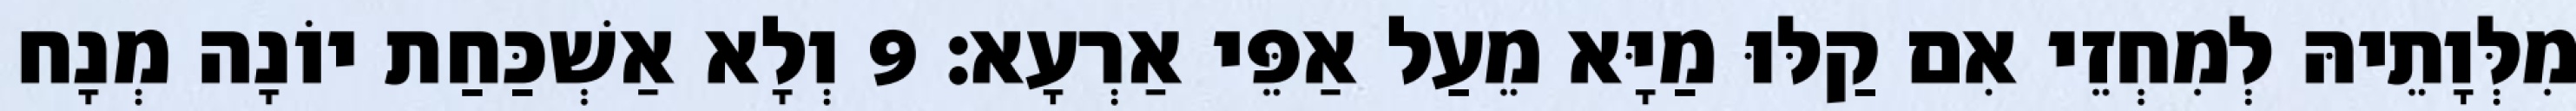
מִלְּוָתֵיהּ לְמִחְזֵי אִם קַלּוּ מַיָּא מֵעַל אַפֵּי אַרְעָא׃ 9 וְלָא אַשְׁכַּחַת יוֹנָה מְנָח